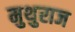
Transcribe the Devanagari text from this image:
मुथुराज